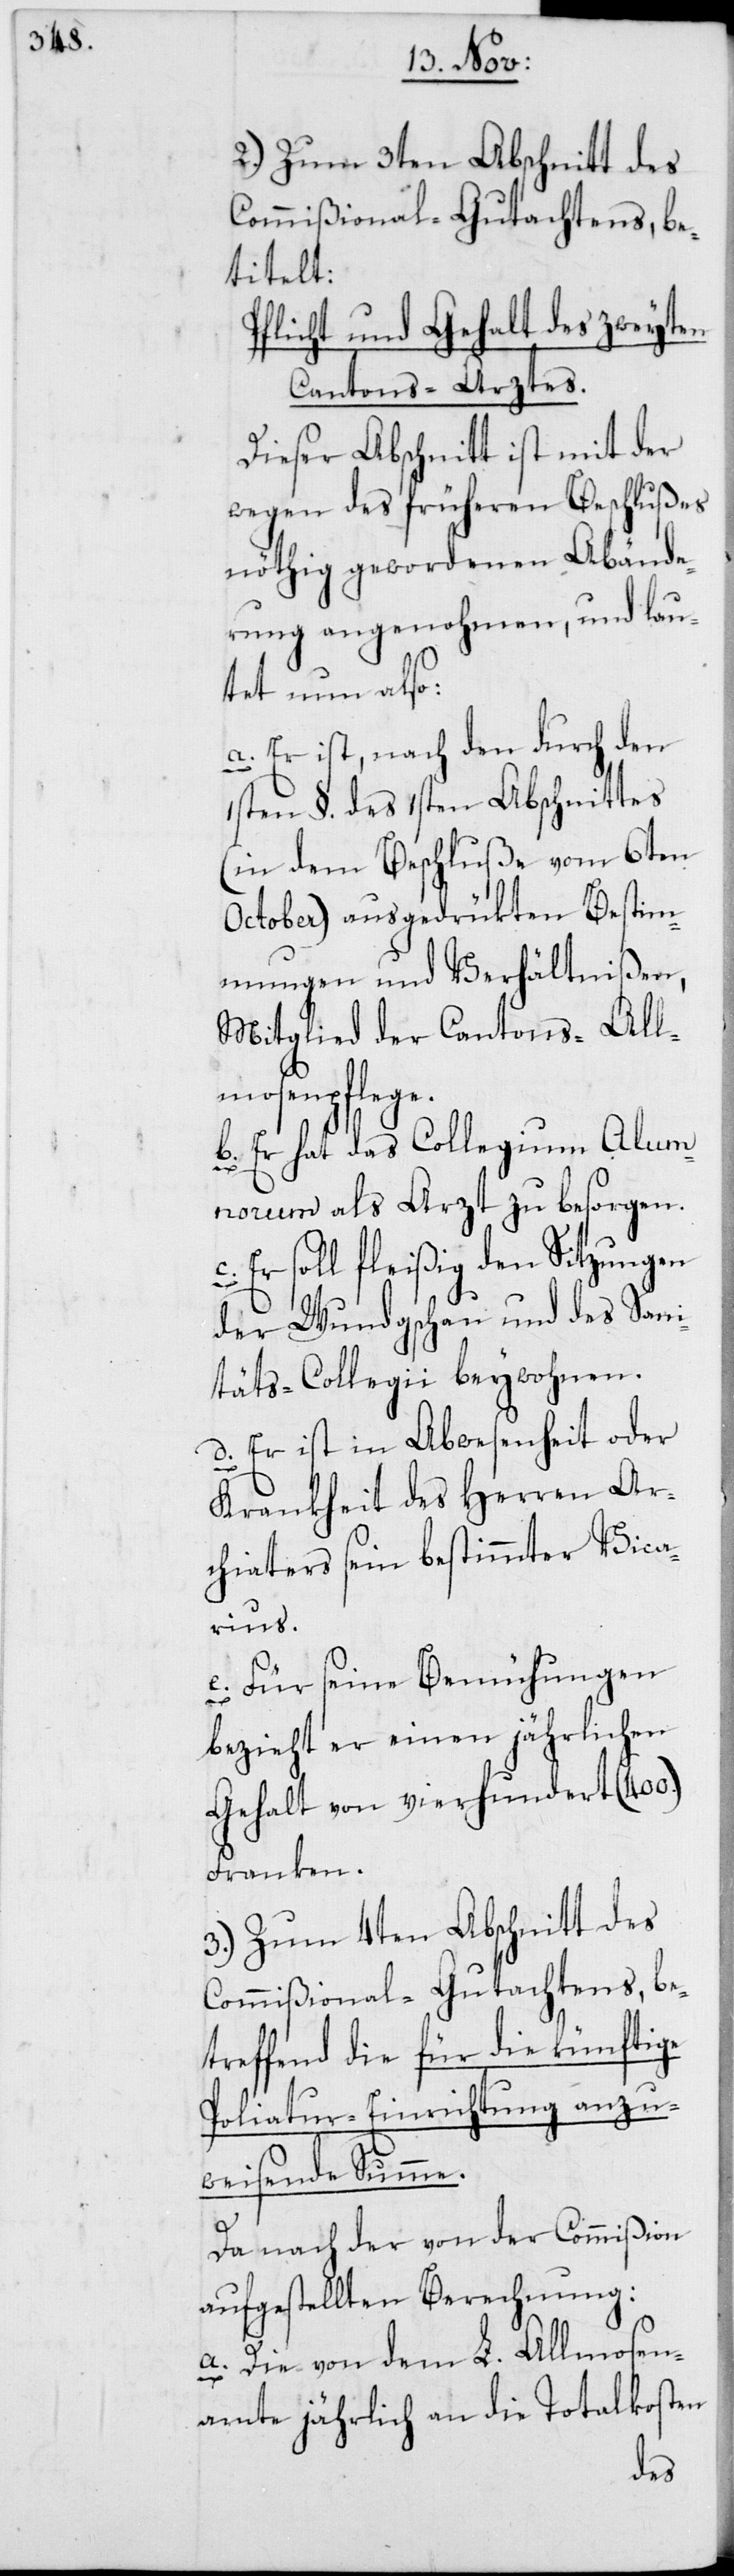
2.) Zum 3ten Abschnitt des
Commißional-Gutachtens, be¬
titelt:
Pflicht und Gehalt des zweyten
Cantons-Arztes.
Dieser Abschnitt ist mit der
wegen des früheren Beschlußes
nöthig gewordenen Abände¬
rung angenohmen, und lau¬
tet nun also:
a. Er ist, nach den durch den
c.
1sten §. des 1sten Abschnittes
(in dem Beschluße vom 6ten
October) ausgedrükten Bestim¬
mungen und Verhältnißen,
Mitglied der Cantons-All¬
mosenpflege.
b. Er hat das Collegium Alumn¬
orum als Arzt zu besorgen.
Er soll fleißig den Sitzungen
der Wundgschau und des San¬
itäts-Collegii beywohnen.
d. Er ist in Abwesenheit oder
Krankheit des Herren Ar¬
chiaters sein bestimmter Vica¬
rius.
e. Für seine Bemühungen
bezieht er einen jährlichen
Gehalt von vierhundert (400.)
Franken.
3.) Zum 4ten Abschnitt des
Commißional-Gutachtens, be¬
treffend die für die künftige
Poliatur-Einrichtung anzu¬
weisende Summe.
Da nach der von der Commißion
aufgestellten Berechnung:
a. Die von dem L. Allmosen¬
amte jährlich an die Totalkosten